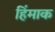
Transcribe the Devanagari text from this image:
हिंमाक